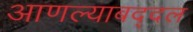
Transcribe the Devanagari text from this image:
आणल्याबद्दल